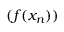
( f ( x _ { n } ) )